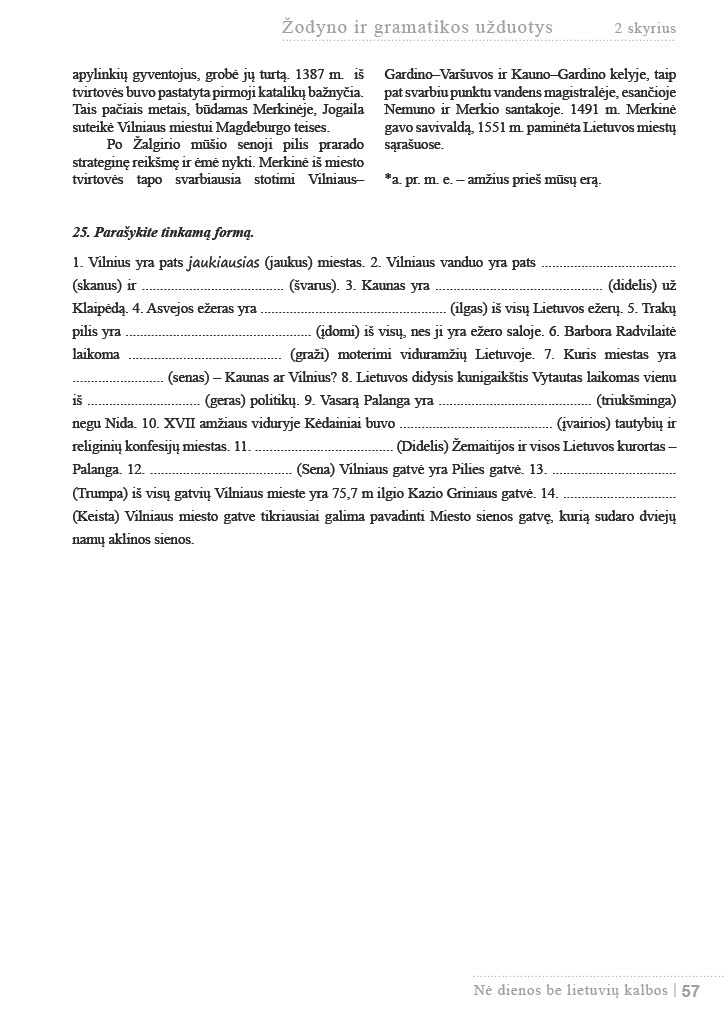
Language: lt